Lunatic asylums Madras 1892-1911 - 1892-1911
Year: 1892
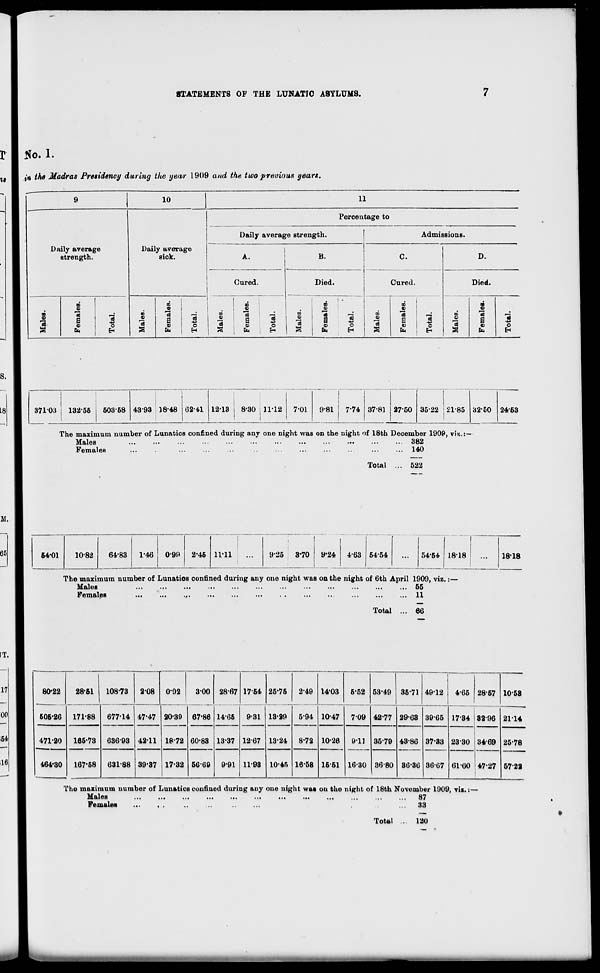
8TATBMENTS OF THE LUNATIC ASYLUMS.
No. I.
in the Madras Presidency during the year 1909 and the two previous years.
9
10
11
Daily average
strength.
Daily average
sick.
Percentage to
Daily average strength.
1
Admissions.
A.
B.
c.
D.
Cured.
Died.
Cured.
Died.
Males.
Females.
Total.
■
5
15
Females.
Total.
Males.
Females.
Total.
Males.
m
9
1
©
Total.
Males.
Females.
Total.
Males.
m
9
13
S
e
13
O
37103 j 132-56
50358 4393 18-48 162-41 1213
8-30 : 31-12
The maximum number of Lunatics confined during any one night was on the night of 18th December 1909, via.:
Males
382
Females
...
...
...
...
...
...
...
...
...
...
... 140
Total
522
64-01
10-82
64-83
1-46
0'9P
2-45 11-11
925 3-70
9-24
1818
The maximum number of Lunatios confined during any one night was on the night of 6th April 1909, viz.:—
Males
...
...
...
■ ••
...
...
...
...
...
...
...
... 55
Females
...
...
.,
11
Total ... 66
1818
80-22
506-26
28-61
108-73
208 0-92
300 28-67 1754 25-75
249 14*03 6-52 53-49 36-71 49-12
4-65 28-67 10-58
171-88
677-14 47-47 20-39 67-86 14-66
13-37
9-31 13-89
5-94 10-47
709 42-77 29-63 39-65 1734 82-96 2114
47120
165-73 636-93 4211 18-72 60-83
5669
12-67 13-24 8-72 10-26
911
16-30
35-79 43-86
86-36
37-33 23-30
61-60
3469 25-78
164*30
167-58 631-88 39-37 17-32
9-91 11-93 10-45 16-58 16-51
36-80
36-67
47-27 5722
The maximum number of LunaticB confined during any one night was ou the night of 18th November 1909, vii.
Males
87
Females
...
33
Total ... 120